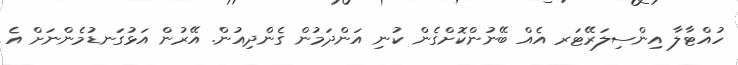
ހުއްޓާލާ އިންސިލަރޭޓަރ އެއް ބޭނުންކޮށްގެން ކުނި އަންދަމުން ގެންދިއުން. އޭރުން އަޅުގަނޑުމެންނަށް އެ